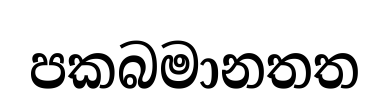
පකබමානතත